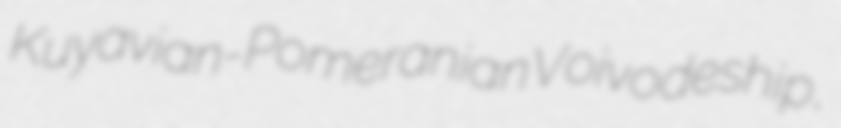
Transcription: Kuyavian-Pomeranian Voivodeship,